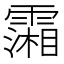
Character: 𩅪